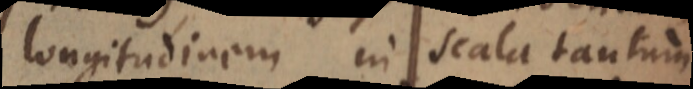
longitudinem in scala tantum